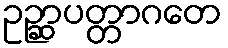
ဥဉ္ဆာပတ္တာဂတေ